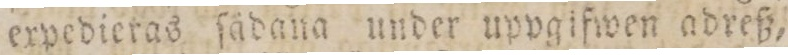
expedieras ſådana under uppglfwen adreß,